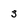
Character: 3